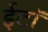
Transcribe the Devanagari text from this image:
ईटॉ